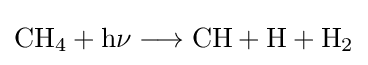
{\mathrm {CH} {\vphantom {A}}_{\smash[{t}]{4}}{}+{}\mathrm {h\nu } {}\mathrel {\longrightarrow } {}\mathrm {CH} {}+{}\mathrm {H} {}+{}\mathrm {H} {\vphantom {A}}_{\smash[{t}]{2}}}